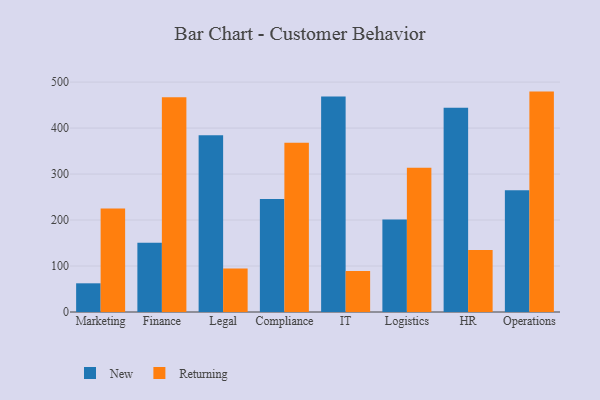
{"axis": {"x": "Department", "y": "LTV (USD)"}, "legend": ["New", "Returning"], "data": [{"x": "Marketing", "y": 62.4, "type": "New"}, {"x": "Marketing", "y": 225.1, "type": "Returning"}, {"x": "Finance", "y": 150.7, "type": "New"}, {"x": "Finance", "y": 467.0, "type": "Returning"}, {"x": "Legal", "y": 384.5, "type": "New"}, {"x": "Legal", "y": 94.8, "type": "Returning"}, {"x": "Compliance", "y": 245.8, "type": "New"}, {"x": "Compliance", "y": 367.9, "type": "Returning"}, {"x": "IT", "y": 468.7, "type": "New"}, {"x": "IT", "y": 89.3, "type": "Returning"}, {"x": "Logistics", "y": 201.0, "type": "New"}, {"x": "Logistics", "y": 313.6, "type": "Returning"}, {"x": "HR", "y": 444.0, "type": "New"}, {"x": "HR", "y": 135.1, "type": "Returning"}, {"x": "Operations", "y": 264.8, "type": "New"}, {"x": "Operations", "y": 479.3, "type": "Returning"}]}